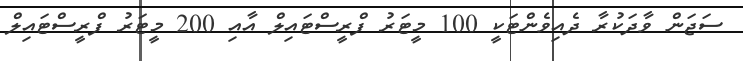
ސަޖަން ވާދަކުރާ ދެއިވެންޓަކީ 100 މީޓަރު ފްރީސްޓައިލް އާއި 200 މީޓަރު ފްރީސްޓައިލް